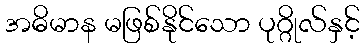
အဓိမာန မဖြစ်နိုင်သော ပုဂ္ဂိုလ်နှင့်